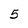
Character: 5